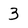
Character: 3